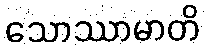
သောဿာမာတိ